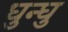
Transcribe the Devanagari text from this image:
धुन्धु